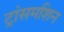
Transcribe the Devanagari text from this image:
ट्रांसमशिन